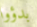
بدؤوا